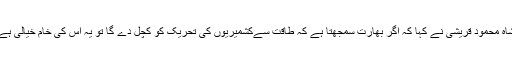
شاہ محمود قریشی نے کہا کہ اگر بھارت سمجھتا ہے کہ طاقت سےکشمیریوں کی تحریک کو کچل دے گا تو یہ اُس کی خام خیالی ہے۔